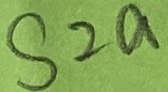
Text: S2a